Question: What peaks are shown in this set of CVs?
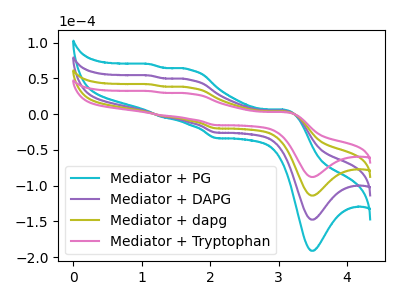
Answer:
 <answer>The cyan curve "Mediator + PG" has anodic peaks at (3.10V, 10.95uA) (1.70V, 110.90uA) (1.30V, -7.60uA) (1.10V, 124.60uA) and cathodic peaks at (3.50V, -341.50uA) (2.10V, -60.00uA). The purple curve "Mediator + DAPG" has anodic peaks at (3.10V, 7.30uA) (1.70V, 73.95uA) (1.30V, -5.10uA) (1.10V, 83.10uA) and cathodic peaks at (3.50V, -227.65uA) (2.10V, -40.00uA). The olive curve "Mediator + dapg" has anodic peaks at (3.10V, 3.65uA) (1.70V, 36.95uA) (1.30V, -2.55uA) (1.10V, 41.55uA) and cathodic peaks at (3.50V, -113.85uA) (2.10V, -20.00uA). The pink curve "Mediator + Tryptophan" has anodic peaks at (3.10V, 2.80uA) (1.70V, 28.55uA) (1.30V, -1.95uA) (1.10V, 32.05uA) and cathodic peaks at (3.50V, -87.85uA) (2.10V, -15.45uA).</answer>
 <eval></eval>